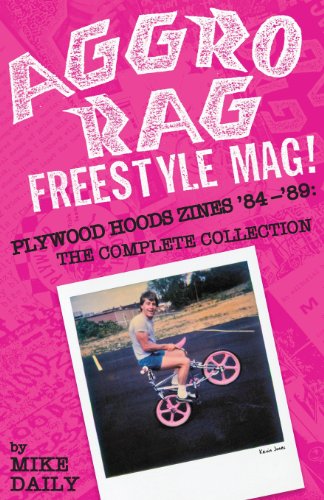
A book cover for Aggro Rag Freestyle Mag! Plywood Hoods Zines '84-'89: The Complete Collection; Crafts, Hobbies & Home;